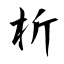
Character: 析